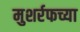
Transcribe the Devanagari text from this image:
मुशर्रफच्या